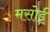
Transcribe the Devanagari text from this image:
मसोई